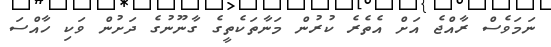
ނަމަވެސް ރާއްޖެ އަށް އެތެރެ ކުރުން މަނާތަކެތީގެ ގާނޫނުގެ ދަށުން ވަކި ހާއްސަ